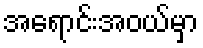
အရောင်းအဝယ်မှာ